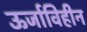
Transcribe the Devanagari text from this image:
ऊर्जाविहीन